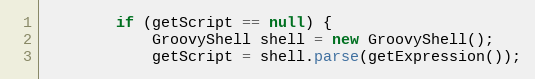
Language: Java
        if (getScript == null) {
            GroovyShell shell = new GroovyShell();
            getScript = shell.parse(getExpression());